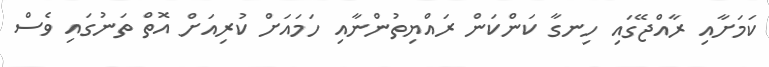
ކަމަށާއި ރާއްޖޭގައި ހިނގާ ކަންކަން ރައްޔިތުންނާއި ހަމައަށް ކުރިއަށް އޮތް ތަނުގައި ވެސް